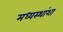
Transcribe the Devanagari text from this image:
मध्यस्थांशा